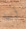
أيها